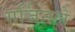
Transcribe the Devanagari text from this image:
गर्जिनले